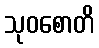
သုဝစောတိ